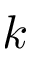
k